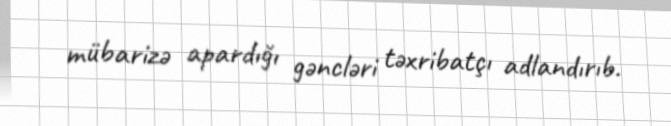
mübarizə apardığı gəncləri təxribatçı adlandırıb.